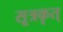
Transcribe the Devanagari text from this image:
सूत्रकृत्